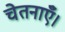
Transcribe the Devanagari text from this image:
चेतनाएँ।